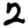
Digit: 2